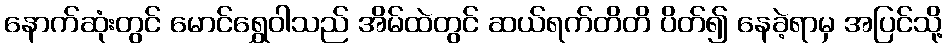
နောက်ဆုံးတွင် မောင်ရွှေဝါသည် အိမ်ထဲတွင် ဆယ်ရက်တိတိ ပိတ်၍ နေခဲ့ရာမှ အပြင်သို့